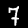
Digit: 7